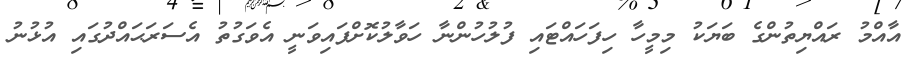
އާއްމު ރައްޔިތުންގެ ބަޔަކު މިމީހާ ހިފަހައްޓައި ފުލުހުންނާ ހަވާލުކޮށްފައިވަނީ އެވަގުތު އެސަރަޙައްދުގައި އުޅުނު